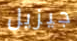
جيزيل